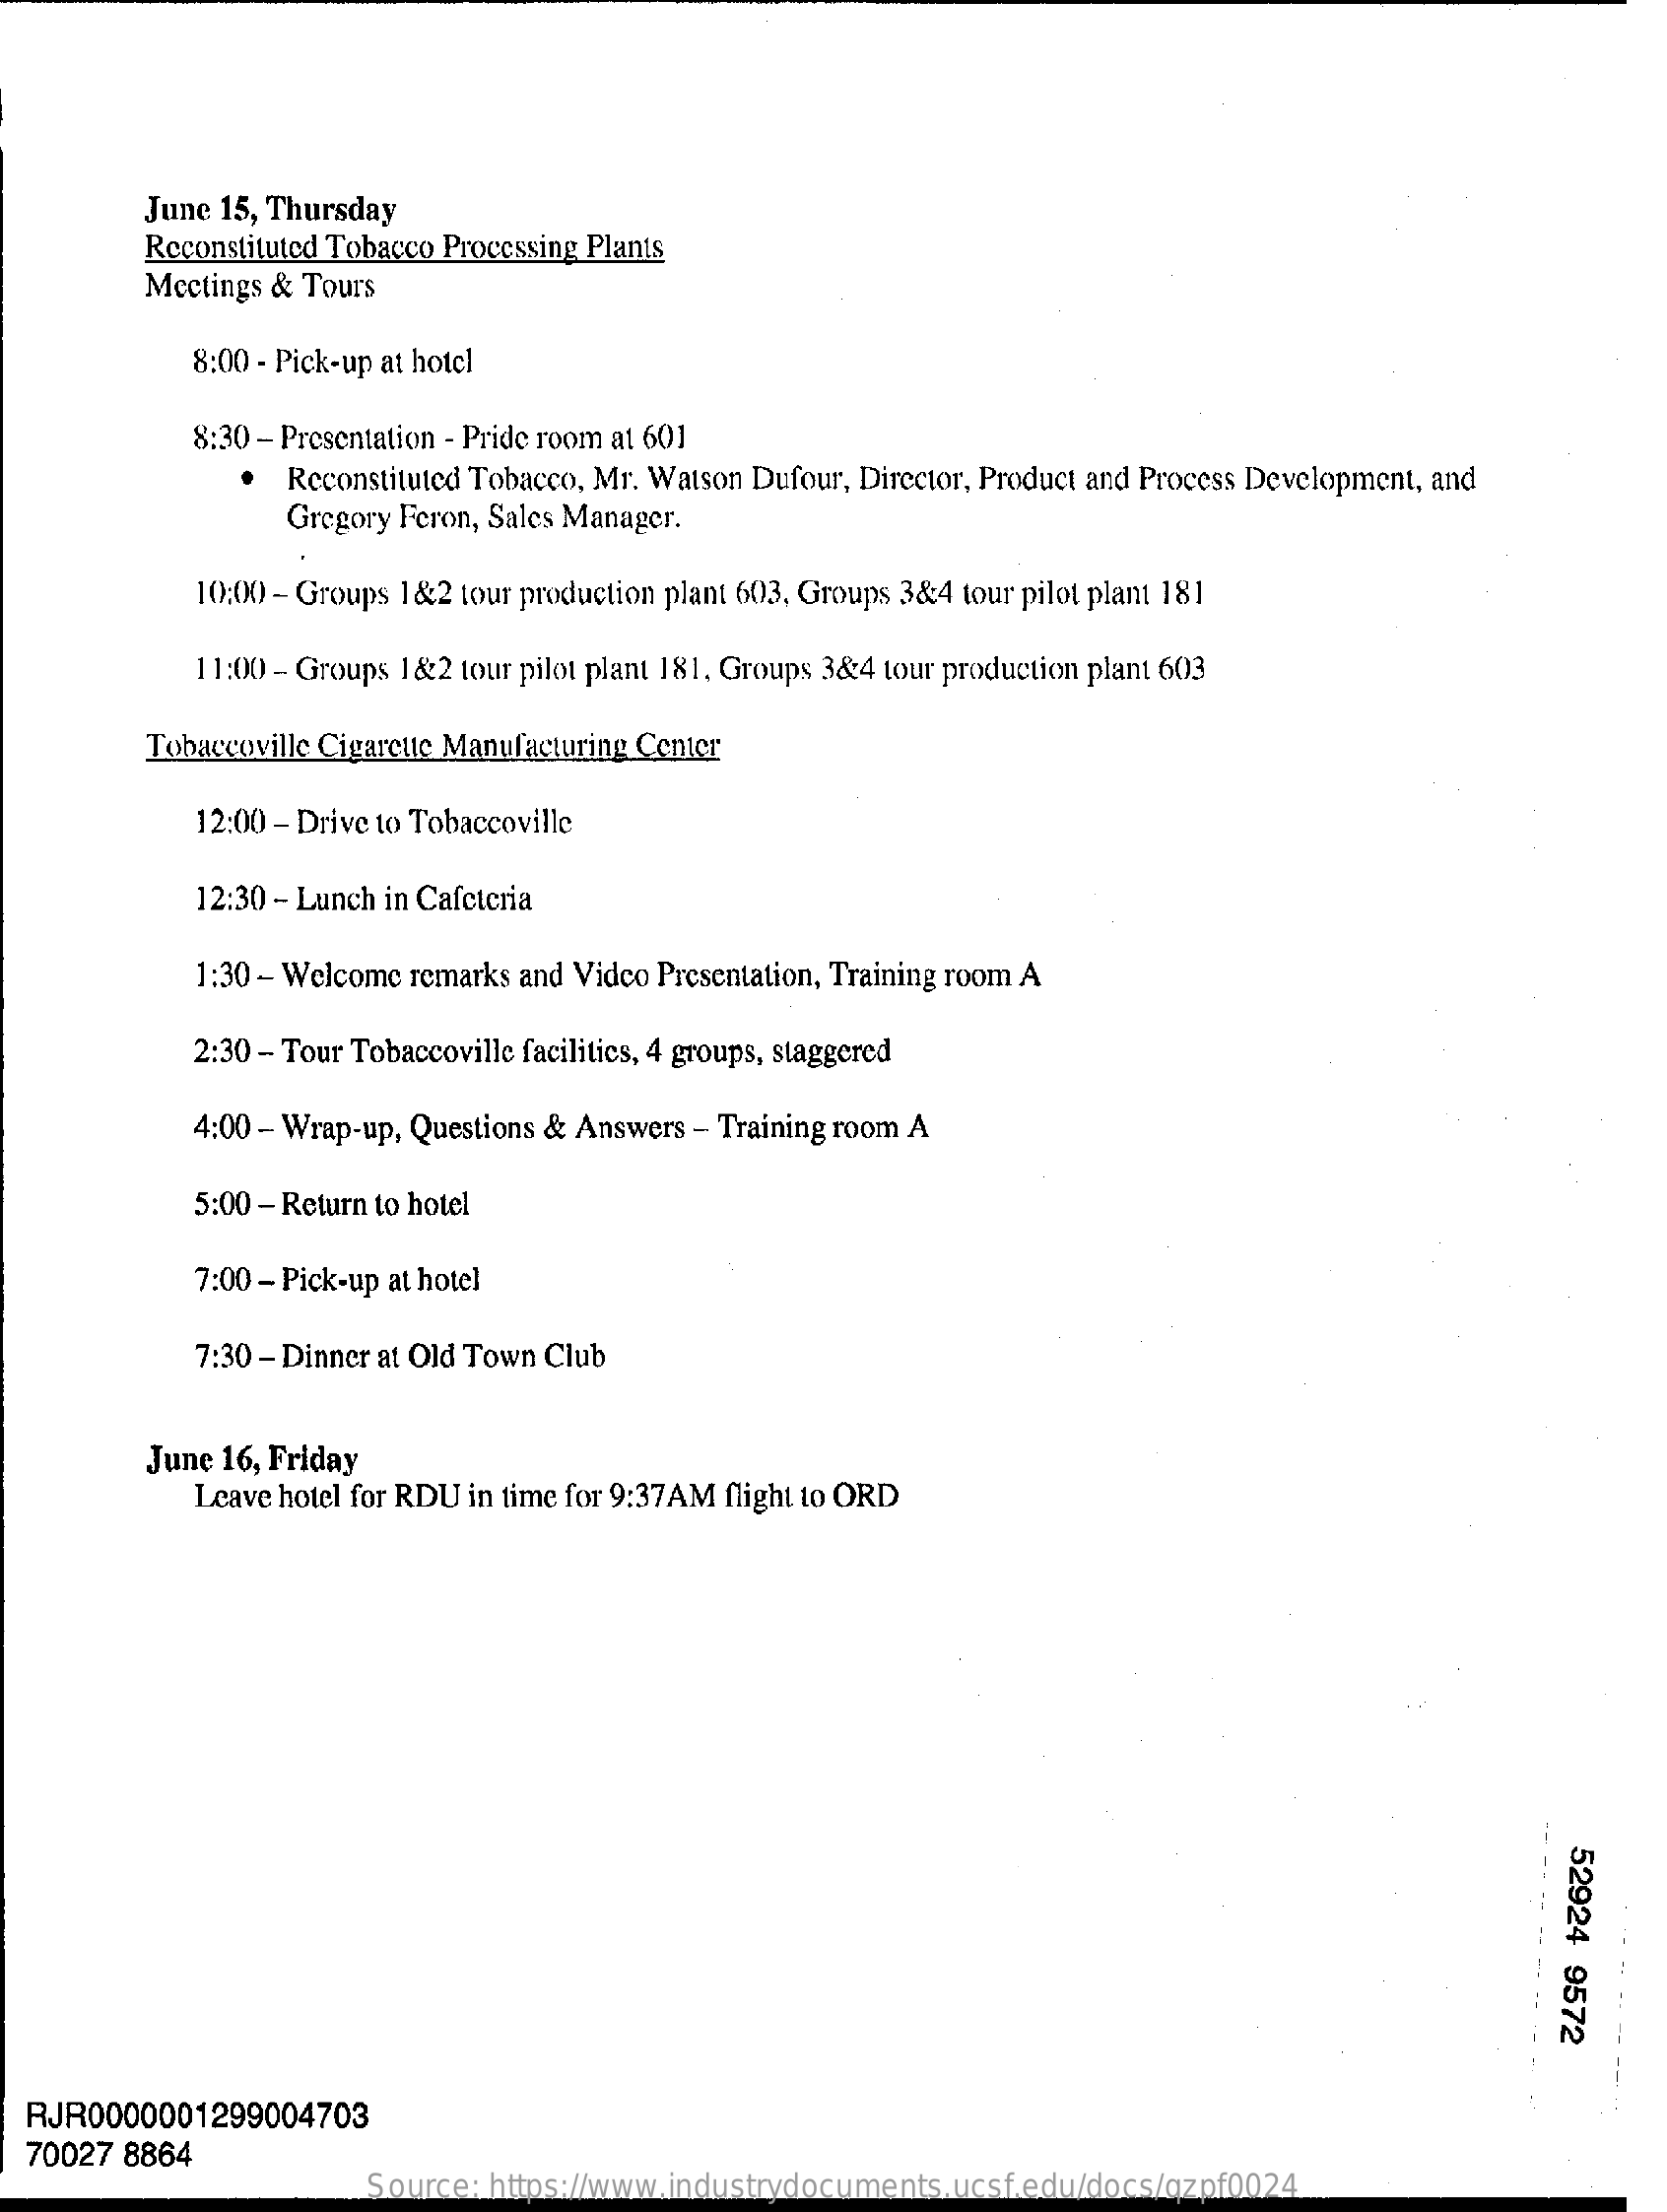
June 15, Thursday
     Reconstituted Tobacco Processing Plants
     Mectings & Tours
     8:00 - Pick-up at hotel
     8:30 - Presentation - Pride room at 601
     Reconstituted Tobacco, Mr. Watson Dufour, Director, Product and Process Development, and
     Gregory Feron, Sales Manager.
     10:00 - Groups 1&2 tour production plant 603, Groups 3&4 tour pilot plant 181
     11:00 - Groups 1&2 tour pilot plant 181. Groups 3&4 tour production plant 603
     Tobaccoville Cigarette Manufacturing Center
     12:00 - Drive to Tobaccoville
     12:30 - Lunch in Cafeteria
     1:30 - Welcome remarks and Video Presentation, Training room A
     2:30 - Tour Tobaccoville facilities, 4 groups, staggered
     4:00 - Wrap-up, Questions & Answers - Training room A
     5:00 - Return to hotel
     7:00 - Pick-up at hotel
     7:30 - Dinner at Old Town Club
     June 16, Friday
     Leave hotel for RDU in time for 9:37AM flight to ORD
     52924
     9572
  RJR0000001299004703
  70027 8864
     Source: https://www.industrydocuments.ucsf.edu/docs/qzpf0024